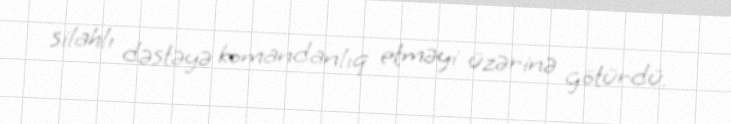
silahlı dəstəyə komandanlıq etməyi üzərinə götürdü.